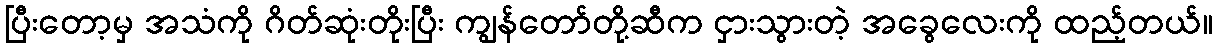
ပြီးတော့မှ အသံကို ဂိတ်ဆုံးတိုးပြီး ကျွန်တော်တို့ဆီက ငှားသွားတဲ့ အခွေလေးကို ထည့်တယ်။